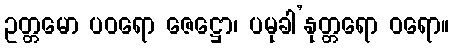
ဥတ္တမော ပဝရော ဇေဋ္ဌော၊ ပမုခါ’နုတ္တရော ဝရော။